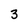
Character: 3